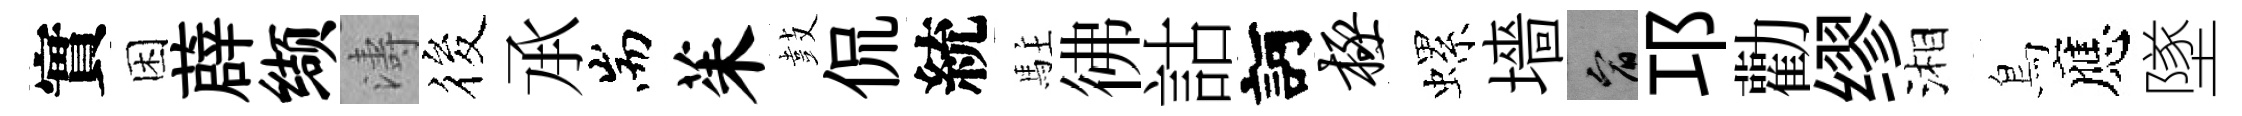
實困薜缬濤筱𠄘耑茱鼓侃統駐彿詁訶极螺墻宥邛勸缪湘鳥應墜